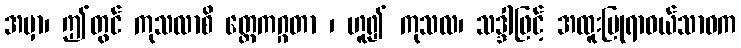
အမှာ၊ ဤတွင် ကုသလာစိ တ္တေကဂ္ဂတာ ၊ ဟူ၍ ကုသလ၊ သဒ္ဒါဖြင့် အထူးပြုရာဝယ်သာဝက